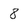
Character: 8